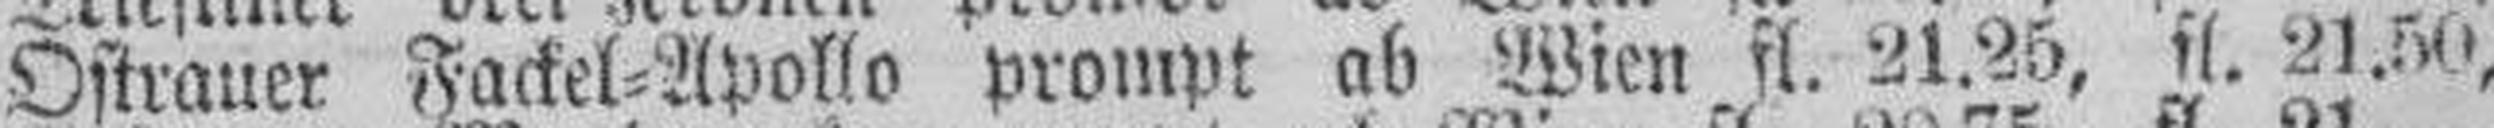
Ostrauer Fackel=Apollo prompt ab Wien fl. 21.25, fl. 21.50,